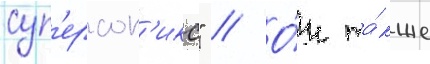
суп'ерсон'икс" // О́н та́кже